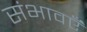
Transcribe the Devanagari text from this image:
संभावएँ